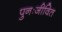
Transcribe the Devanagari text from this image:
पुनःजीवित